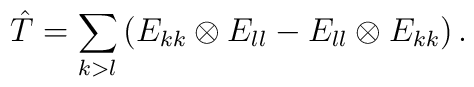
\hat T = \sum_{k>l} \left(E_{kk}\otimes E_{ll} - E_{ll}\otimes E_{kk}  \right).